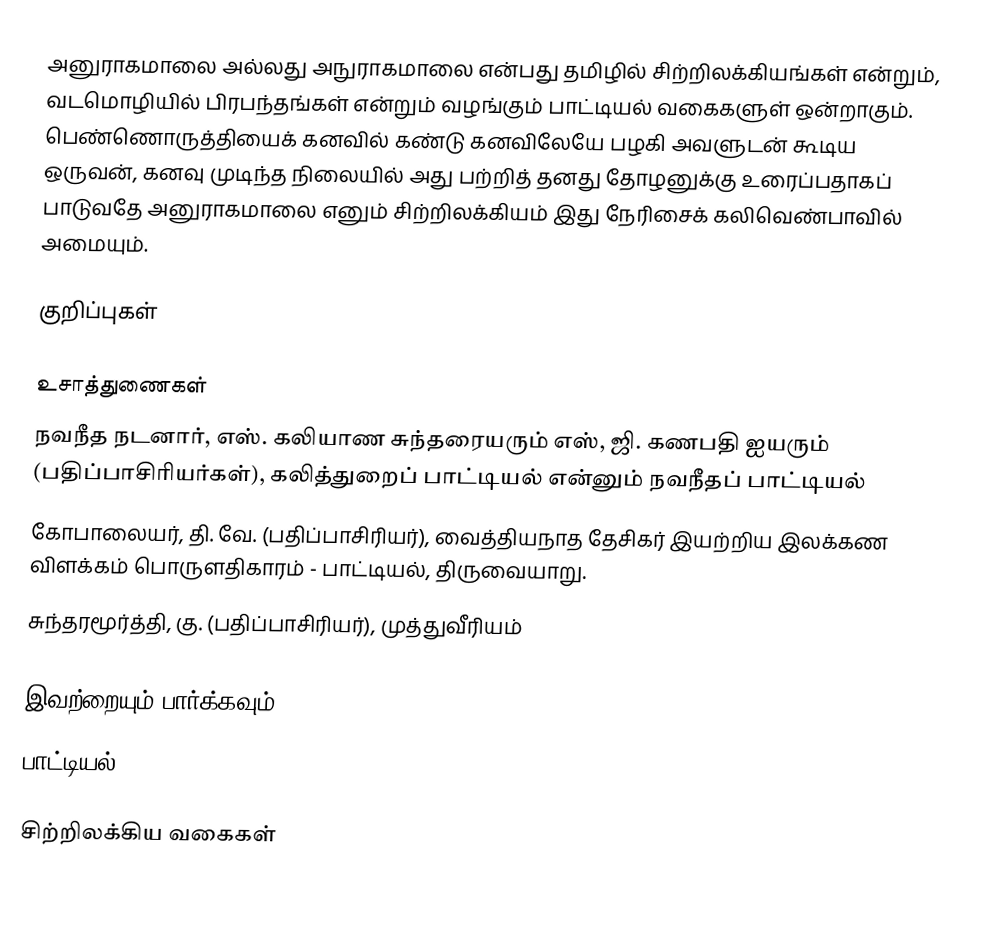
அனுராகமாலை அல்லது அநுராகமாலை என்பது தமிழில் சிற்றிலக்கியங்கள் என்றும், வடமொழியில் பிரபந்தங்கள் என்றும் வழங்கும் பாட்டியல் வகைகளுள் ஒன்றாகும். பெண்ணொருத்தியைக் கனவில் கண்டு கனவிலேயே பழகி அவளுடன் கூடிய ஒருவன், கனவு முடிந்த நிலையில் அது பற்றித் தனது தோழனுக்கு உரைப்பதாகப் பாடுவதே அனுராகமாலை எனும் சிற்றிலக்கியம் இது நேரிசைக் கலிவெண்பாவில் அமையும்.

குறிப்புகள்

உசாத்துணைகள்
 நவநீத நடனார், எஸ். கலியாண சுந்தரையரும் எஸ், ஜி. கணபதி ஐயரும் (பதிப்பாசிரியர்கள்), கலித்துறைப் பாட்டியல் என்னும் நவநீதப் பாட்டியல்
 கோபாலையர், தி. வே. (பதிப்பாசிரியர்), வைத்தியநாத தேசிகர் இயற்றிய இலக்கண விளக்கம் பொருளதிகாரம் - பாட்டியல், திருவையாறு.
 சுந்தரமூர்த்தி, கு. (பதிப்பாசிரியர்), முத்துவீரியம்

இவற்றையும் பார்க்கவும்
 பாட்டியல்

சிற்றிலக்கிய வகைகள்